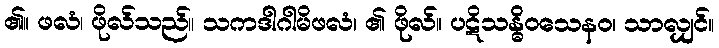
၏။ ဖလံ၊ ဖိုလ်သည်။ သကဒါဂါမိဖလံ၊ ၏ ဖိုလ်။ ပဋိသန္ဓိဝသေနဝ၊ သာလျှင်။